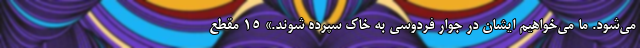
می‌شود. ما می‌خواهیم ایشان در جوار فردوسی به خاک سپرده شوند.» 15 مقطع